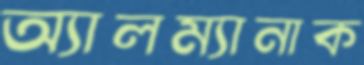
অ্যালম্যানাক